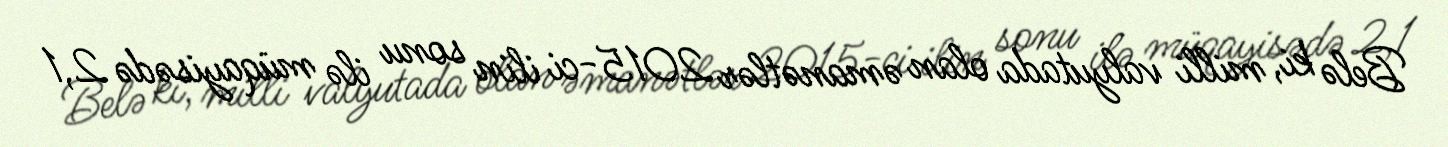
Belə ki, milli valyutada olan əmanətlər 2015-ci ilin sonu ilə müqayisədə 2,1